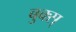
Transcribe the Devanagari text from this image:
बुक्स्